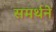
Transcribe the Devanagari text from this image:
समर्थने